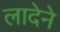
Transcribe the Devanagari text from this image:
लादेने